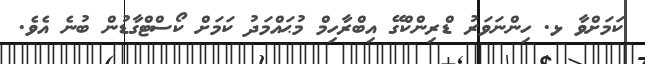
ކަމަށްވާ ޅ. ހިންނަވަރު ޑްރިންކްގޭ އިބްރާހިމް މުޙައްމަދު ކަމަށް ކޯސްޓްގާޑުން ބުނެ އެވެ.